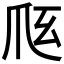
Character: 𰟼